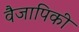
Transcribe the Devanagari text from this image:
वैजापिकी